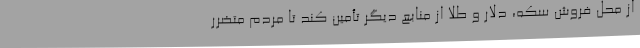
از محل فروش سکه، دلار و طلا از منابع دیگر تأمین کند تا مردم متضرر